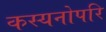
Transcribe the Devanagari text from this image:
कस्यनोपरि